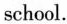
school.